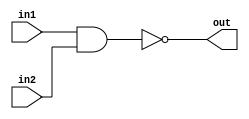
module nand_16(in1, in2, out);

	input  [15:0] in1, in2;
	
	output [15:0] out;
	
	assign out = ~(in1 & in2);
	
endmodule